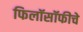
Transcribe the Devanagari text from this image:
फिलॉसॉफीचे